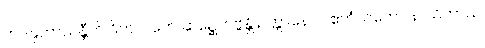
တဒနုဘာသန္တီတိ ဝိကလကေ ဆဍ္ဍေတဗ္ဗန္တိ ဥတ္တာနောပိ ဧကံသတော နာသိကာယ